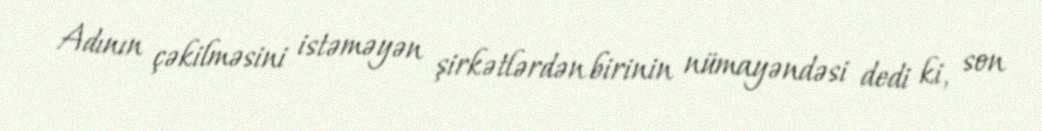
Adının çəkilməsini istəməyən şirkətlərdən birinin nümayəndəsi dedi ki, son